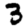
Digit: 3